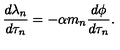
\frac { d \lambda _ { n } } { d \tau _ { n } } = - \alpha m _ { n } \frac { d \phi } { d \tau _ { n } } .